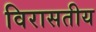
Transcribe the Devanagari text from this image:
विरासतीय